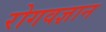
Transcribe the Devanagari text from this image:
रोगवज्ञान